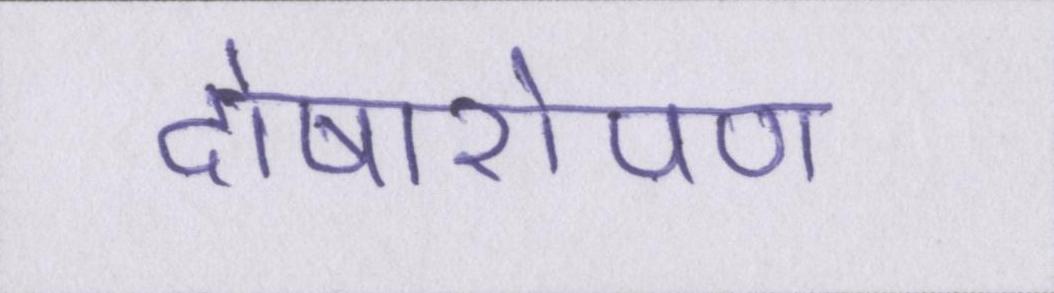
दोषारोपण